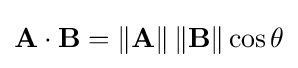
\mathbf {A} \cdot \mathbf {B} =\left\|\mathbf {A} \right\|\left\|\mathbf {B} \right\|\cos \theta